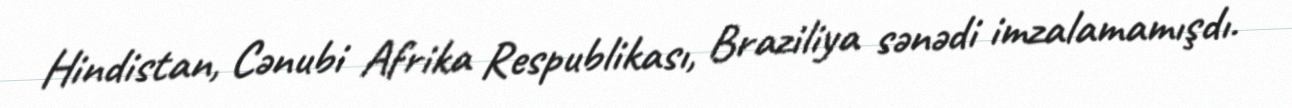
Hindistan, Cənubi Afrika Respublikası, Braziliya sənədi imzalamamışdı.